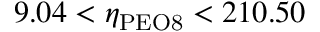
9 . 0 4 < \eta _ { \mathrm { P E O 8 } } < 2 1 0 . 5 0